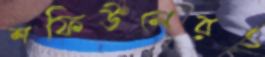
শফিউলেরও